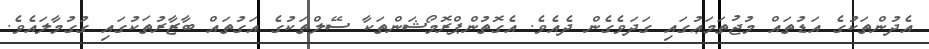
އެދުންތަކުގެ އަޑުތައް މުޖުތަމަޢުގައި ގަދަވެގެން ދެއެވެ. އެގޮތުންޕްރޮމޯޝަންތަކާ ސޭލްތަކުގެ އަގުތައް ބާޒާރުތަކުގައި ގުގުމާލައެވެ.